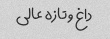
داغ و تازه عالی